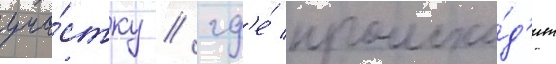
уча́стку / гд'е́ происхо́д'ит